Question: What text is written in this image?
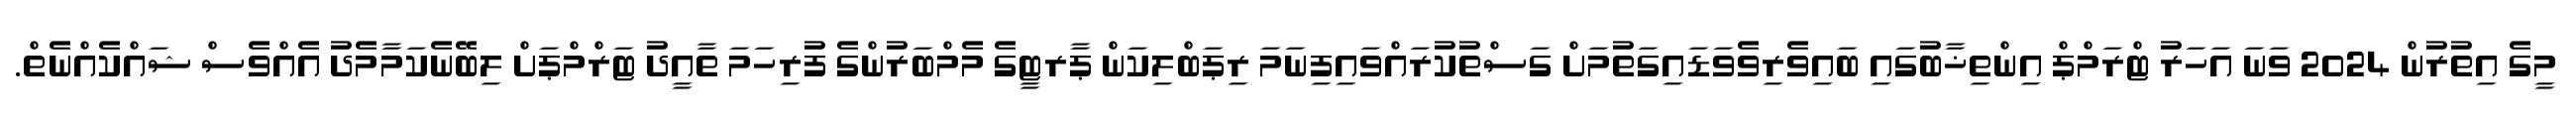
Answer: މީގެ އިތުރުން 2024 ވަނަ އަހަރު ޓްރަމްޕް އިންތިޚާބުގައި ބައިވެރިވެވަޑައިގަތުމަށް ގަސްތުކުރައްވައިފިނަމަ ރިޕަބްލިކަން ޕާރޓީގެ މެމްބަރުންގެ ފުރިހަމަ ތާއީދު ޓަރްމްޕަށް ލިބޭނެކަމާމެދު އެއްވެސް ޝައްކެއްނެތް.